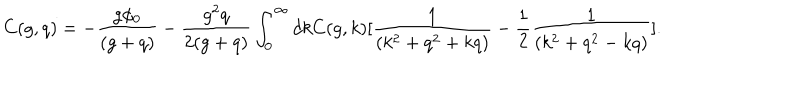
C ( g , q ) = - { \frac { g \phi _ { 0 } } { ( g + q ) } } - { \frac { g ^ { 2 } q } { 2 ( g + q ) } } \int _ { 0 } ^ { \infty } d k C ( g , k ) [ { \frac { 1 } { ( k ^ { 2 } + q ^ { 2 } + k q ) } } - { \frac { 1 } { 2 } } { \frac { 1 } { ( k ^ { 2 } + q ^ { 2 } - k q ) } } ] .